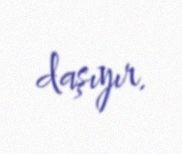
daşıyır.